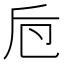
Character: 𠨗